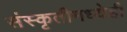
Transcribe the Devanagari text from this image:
संस्कृतीमध्येही